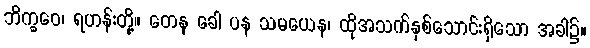
ဘိက္ခဝေ၊ ရဟန်းတို့။ တေန ခေါ ပန သမယေန၊ ထိုအသက်နှစ်သောင်းရှိသော အခါ၌။